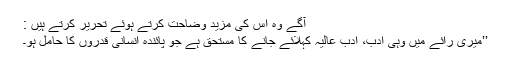
آگے وہ اس کی مزید وضاحت کرتے ہوئے تحریر کرتے ہیں :
’’میری رائے میں وہی ادب، ادب عالیہ کہلائے جانے کا مستحق ہے جو پائندہ انسانی قدروں کا حامل ہو۔